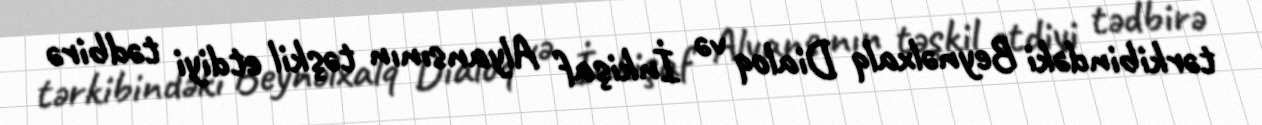
tərkibindəki Beynəlxalq Dialoq və İnkişaf Alyansının təşkil etdiyi tədbirə